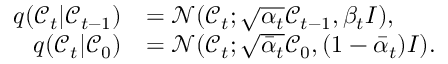
\begin{array} { r l } { q ( \mathcal { C } _ { t } \vert \mathcal { C } _ { t - 1 } ) } & { = \mathcal { N } ( \mathcal { C } _ { t } ; \sqrt { \alpha _ { t } } \mathcal { C } _ { t - 1 } , \beta _ { t } I ) , } \\ { q ( \mathcal { C } _ { t } \vert \mathcal { C } _ { 0 } ) } & { = \mathcal { N } ( \mathcal { C } _ { t } ; \sqrt { \bar { \alpha } _ { t } } \mathcal { C } _ { 0 } , ( 1 - \bar { \alpha } _ { t } ) I ) . } \end{array}